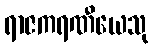
ရာဇကရဏီယေသု